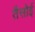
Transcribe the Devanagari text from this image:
तैसोई